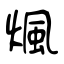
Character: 煈